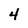
Character: 4